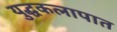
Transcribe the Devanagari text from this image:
युद्धकलापात